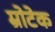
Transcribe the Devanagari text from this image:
म्रोटेक